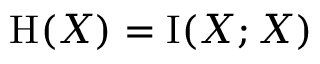
\mathrm { H } ( X ) = \operatorname { I } ( X ; X )